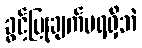
ခွင့်ပြုချက်မရရှိဘဲ